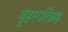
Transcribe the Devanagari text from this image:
बृहस्पतिग्रह